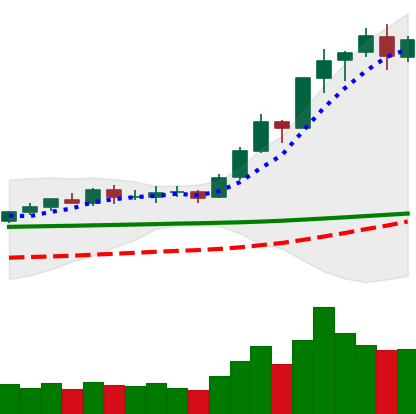
Ticker: BNB-USD
Chart end date: 2020-02-14
Forward return: -15.072%
Label: down_7plus